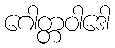
ဂေါတ္တဝါဒေါ